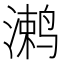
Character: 𱊞